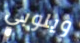
ويلوبي